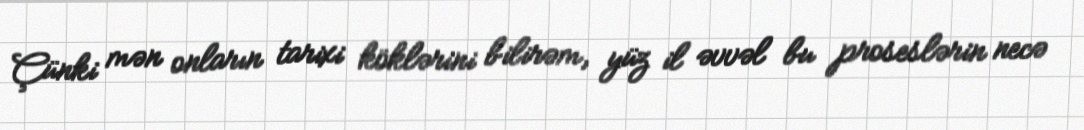
Çünki mən onların tarixi köklərini bilirəm, yüz il əvvəl bu proseslərin necə